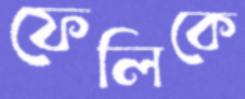
ফেলিকে